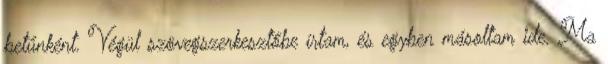
betűnként. Végül szövegszerkesztőbe írtam, és egyben másoltam ide. Ma